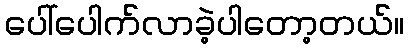
ပေါ်ပေါက်လာခဲ့ပါတော့တယ်။